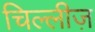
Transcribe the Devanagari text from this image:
चिल्लीज़